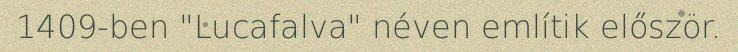
1409-ben "Lucafalva" néven említik először.